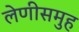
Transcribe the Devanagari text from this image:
लेणीसमुह